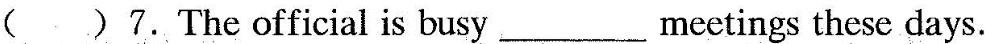
( )7.The official is busy ___ meetings these days.